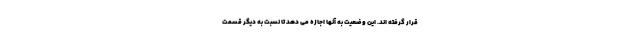
قرار گرفته اند. این وضعیت به آنها اجازه می دهد تا نسبت به دیگر قسمت